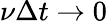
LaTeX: \nu\Delta t\rightarrow 0